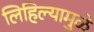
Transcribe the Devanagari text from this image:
लिहिल्यामुळे